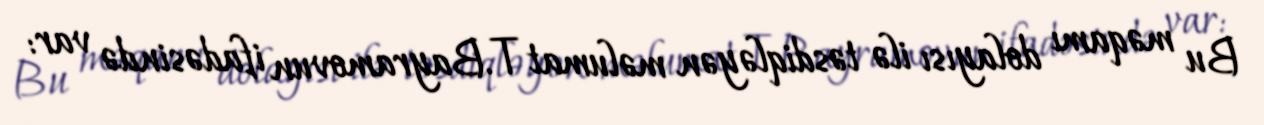
Bu məqamı dolayısı ilə təsdiqləyən məlumat T.Bayramovun ifadəsində var: